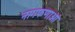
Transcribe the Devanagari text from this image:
नागफणाओं